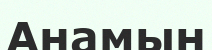
Анамын